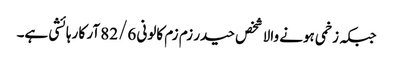
جبکہ زخمی ہونے والا شخص حیدر زم زم کالونی 82/6 آر کا رہائشی ہے۔